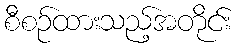
စီစဉ်ထားသည့်အတိုင်း